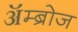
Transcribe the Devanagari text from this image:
ॲम्ब्रोज